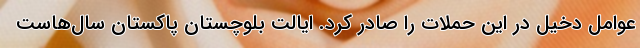
عوامل دخیل در این حملات را صادر کرد. ایالت بلوچستان پاکستان سال‌هاست